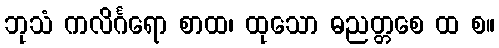
ဘုသံ ကလိင်္ဂရော စာထ၊ ထုသော ဓညတ္တစေ ထ စ။